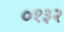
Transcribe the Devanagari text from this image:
०१३२